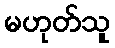
မဟုတ်သူ